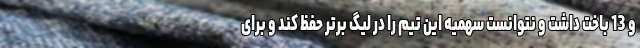
و 13 باخت داشت و نتوانست سهمیه این تیم را در لیگ برتر حفظ کند و برای